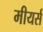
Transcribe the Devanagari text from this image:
मीयर्स